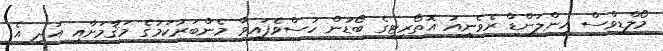
މޯލްޑިވްސް އިންލަންޑް ރެވެނިއު އޮތޯރިޓީގެ ބޯޑުން ހުސްވެފައިވާ މެންބަރުކަމުގެ މަޤާމަށާއި އަދި އެ